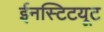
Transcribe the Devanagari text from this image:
ईनस्टिटयूट